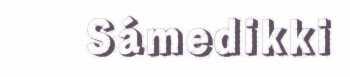
Sámedikki